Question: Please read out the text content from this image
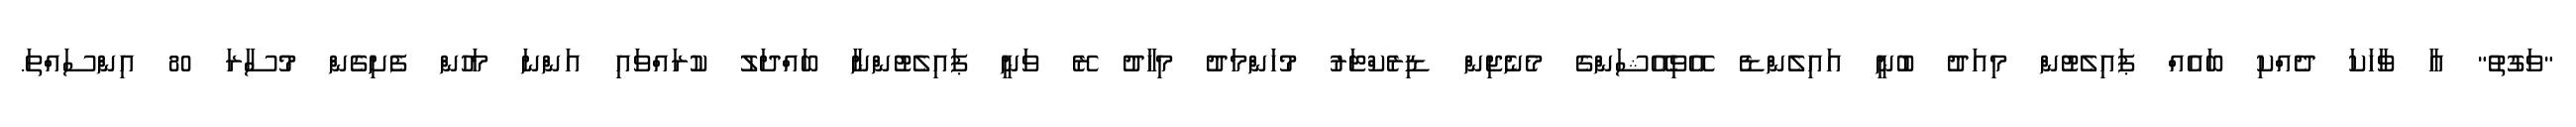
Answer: "ވަގުތު" އާ ވާހަކަ ދެއްކި ބައެއް ޕައިލެޓުން މިއަދު ބުނީ އައިލެންޑެ އޭވިއޭޝަންގެ މެނެޖިން ޑިރެކްޓަރު މުހަންމަދު މިހާދު ރޭ ވަނީ ޕައިލެޓުންނާ ބައްދަލު ކުރައްވައި އަންނަ މަހުން ފެށިގެން މުސާރަ 80 އިންސައްތަ.